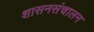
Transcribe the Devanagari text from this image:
शासनसंचालन